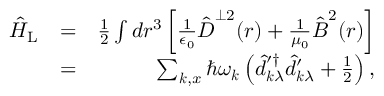
\begin{array} { r l r } { \hat { H } _ { \mathrm { L } } } & { = } & { \frac { 1 } { 2 } \int d \boldsymbol r ^ { 3 } \left[ \frac { 1 } { \epsilon _ { 0 } } \hat { \boldsymbol D } ^ { \perp 2 } ( \boldsymbol r ) + \frac { 1 } { \mu _ { 0 } } \hat { \boldsymbol B } ^ { 2 } ( \boldsymbol r ) \right] } \\ & { = } & { \sum _ { \boldsymbol k , x } \hbar \omega _ { \boldsymbol k } \left( \hat { d } _ { \boldsymbol k \lambda } ^ { \prime \dagger } \hat { d } _ { \boldsymbol k \lambda } ^ { \prime } + \frac 1 2 \right) , } \end{array}